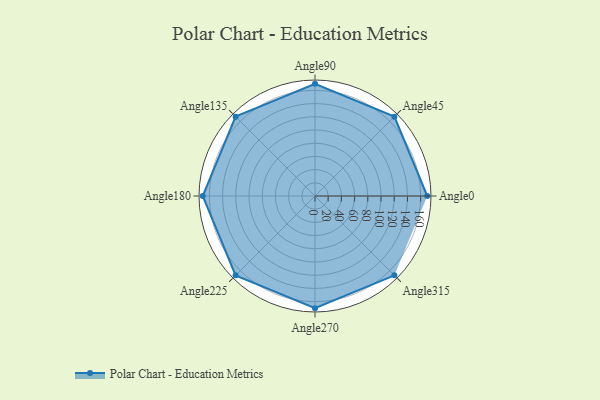
{"axis": {"x": "Angle", "y": "Radius"}, "legend": [""], "data": [{"x": "Angle0", "y": 170, "type": ""}, {"x": "Angle45", "y": 170, "type": ""}, {"x": "Angle90", "y": 170, "type": ""}, {"x": "Angle135", "y": 170, "type": ""}, {"x": "Angle180", "y": 170, "type": ""}, {"x": "Angle225", "y": 170, "type": ""}, {"x": "Angle270", "y": 170, "type": ""}, {"x": "Angle315", "y": 170, "type": ""}]}